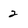
Character: 2